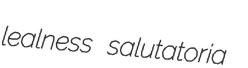
lealness salutatoria